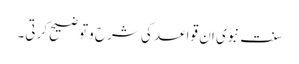
سنت ِنبوی ان قواعد کی شرح وتوضیح کرتی۔